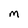
Character: M